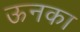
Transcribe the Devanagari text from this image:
ऊनका